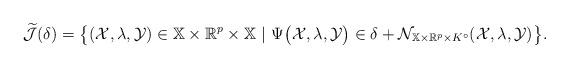
LaTeX: \begin{align*} \widetilde{\mathcal{J}}(\delta)=\big\{(\mathcal{X},\lambda,\mathcal{Y})\in \mathbb{X}\times\mathbb{R}^{p}\times\mathbb{X} \ |\ \Psi\big(\mathcal{X},\lambda,\mathcal{Y}\big)\in \delta+\mathcal{N}_{\mathbb{X}\times\mathbb{R}^p\times K^{\circ}}(\mathcal{X},\lambda,\mathcal{Y})\big\}. \end{align*}